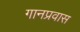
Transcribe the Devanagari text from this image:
गानप्रवास